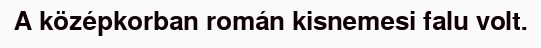
A középkorban román kisnemesi falu volt.